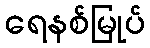
ရေနစ်မြုပ်